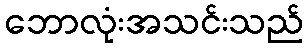
ဘောလုံးအသင်းသည်